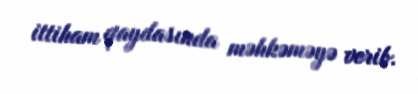
ittiham qaydasında məhkəməyə verib.